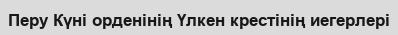
Перу Күні орденінің Үлкен крестінің иегерлері